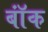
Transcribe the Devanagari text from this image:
बॉंक